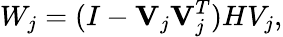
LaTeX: W_{j}=(I-\mathbf{V}_{j}\mathbf{V}_{j}^{T})HV_{j},